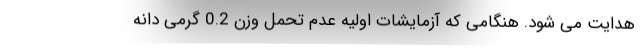
هدایت می شود. هنگامی که آزمایشات اولیه عدم تحمل وزن 0.2 گرمی دانه